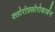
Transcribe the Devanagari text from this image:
क्लोरोफ़्लोरोकार्बन